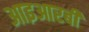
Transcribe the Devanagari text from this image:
आइआरबी